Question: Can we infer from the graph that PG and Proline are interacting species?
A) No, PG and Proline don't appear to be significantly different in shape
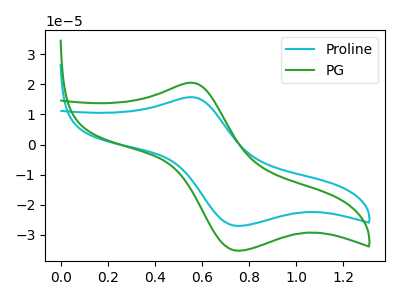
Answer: <think>The cyan curve "Proline" has an anodic peak at (0.55V, 15.75uA) and a cathodic peak at (0.75V, -27.05uA). The green curve "PG" has an anodic peak at (0.55V, 20.55uA) and a cathodic peak at (0.75V, -35.30uA).
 All the peaks in "PG" have a peak in "Proline" at the same potential. Every peak in "PG" is higher than every peak in "Proline".</think>
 <answer>A) No, "PG" and "Proline" don't appear to be significantly different in shape</answer>
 <eval>A</eval>